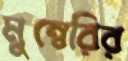
মুম্বেরির